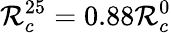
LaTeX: \mathcal{R}_{c}^{25}=0.88\mathcal{R}_{c}^{0}